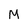
Character: M